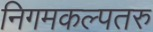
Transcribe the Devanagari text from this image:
निगमकल्पतरु